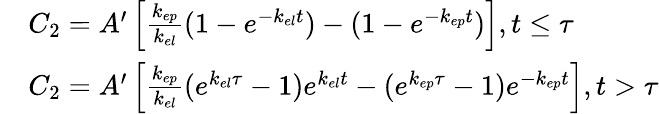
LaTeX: \begin{array}{rl}&{C_{2}=A^{\prime}\left[\frac{k_{ep}}{k_{el}}(1-e^{-k_{el}t})-(1-e^{-k_{ep}t})\right],t\leq\tau}\\ &{C_{2}=A^{\prime}\left[\frac{k_{ep}}{k_{el}}(e^{k_{el}\tau}-1)e^{k_{el}t}-(e^{k_{ep}\tau}-1)e^{-k_{ep}t}\right],t>\tau}\end{array}